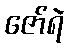
ဇော်ရဲ